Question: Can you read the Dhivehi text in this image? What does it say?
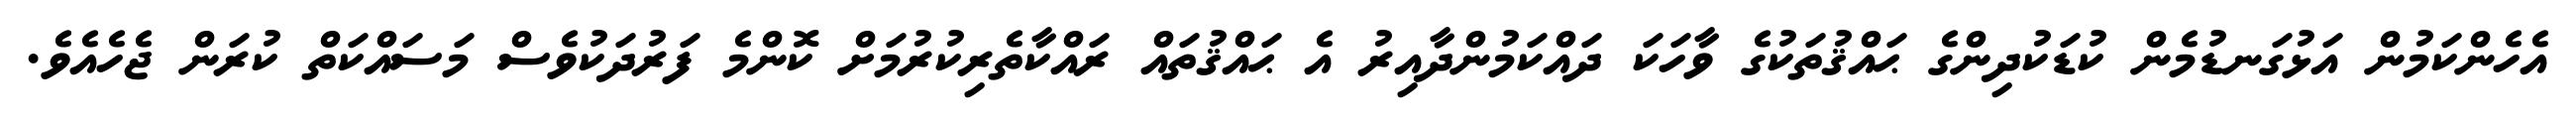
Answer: އެހެންކަމުން އަޅުގަނޑުމެން ކުޑަކުދިންގެ ޙައްޤުތަކުގެ ވާހަކަ ދައްކަމުންދާއިރު އެ ޙައްޤުތައް ރައްކާތެރިކުރުމަށް ކޮންމެ ފަރުދަކުވެސް މަސައްކަތް ކުރަން ޖެހެއެވެ.